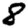
Digit: 8